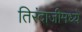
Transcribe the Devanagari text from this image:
तिरंदाजीमध्ये